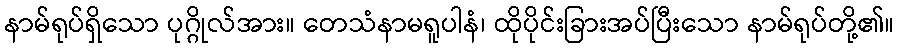
နာမ်ရုပ်ရှိသော ပုဂ္ဂိုလ်အား။ တေသံနာမရူပါနံ၊ ထိုပိုင်းခြားအပ်ပြီးသော နာမ်ရုပ်တို့၏။